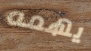
يهمه